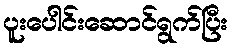
ပူးပေါင်းဆောင်ရွက်ပြီး